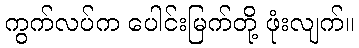
ကွက်လပ်က ပေါင်းမြက်တို့ ဖုံးလျက်။